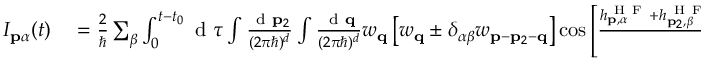
\begin{array} { r l } { I _ { \mathbf { p } \alpha } ( t ) } & { { } = \frac { 2 } { \hbar } \sum _ { \beta } \int _ { 0 } ^ { t - t _ { 0 } } \mathrm { ~ d ~ } \tau \int \frac { \mathrm { ~ d ~ } \mathbf { p } _ { 2 } } { ( 2 \pi \hbar ) ^ { d } } \int \frac { \mathrm { ~ d ~ } \mathbf { q } } { ( 2 \pi \hbar ) ^ { d } } w _ { \mathbf { q } } \left[ w _ { \mathbf { q } } \pm \delta _ { \alpha \beta } w _ { \mathbf { p } - \mathbf { p } _ { 2 } - \mathbf { q } } \right] \cos \left[ \frac { h _ { \mathbf { p } , \alpha } ^ { \mathrm { ~ H ~ F ~ } } + h _ { \mathbf { p } _ { 2 } , \beta } ^ { \mathrm { ~ H ~ F ~ } } - h _ { \mathbf { p } + \mathbf { q } , \alpha } ^ { \mathrm { ~ H ~ F ~ } } - h _ { \mathbf { p } _ { 2 } - \mathbf { q } , \beta } ^ { \mathrm { ~ H ~ F ~ } } } { \hbar } \tau \right] } \end{array}